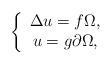
LaTeX: \begin{align*}\left\{ \begin{array}{c}\Delta u=f\Omega , \\ u=g\partial \Omega ,\end{array}\right. \end{align*}